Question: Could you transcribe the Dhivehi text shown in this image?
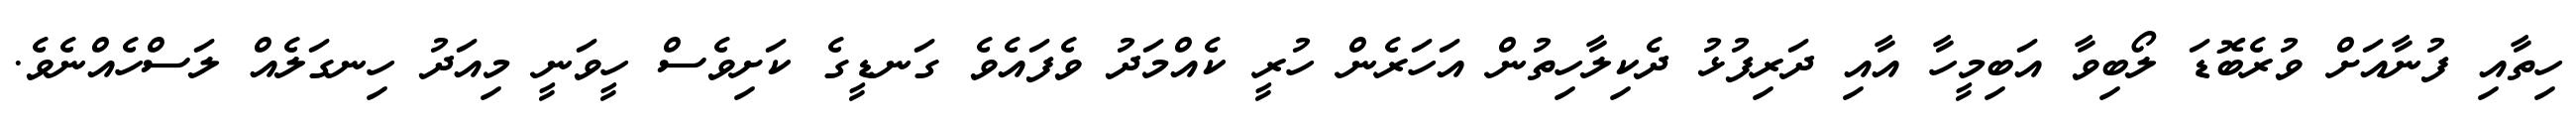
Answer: ހިތާއި ފުނާއަށް ވުރެބޮޑަ ލޯބިވާ އަބިމީހާ އާއި ދަރިފުޅު ދެކިލާހިތުން އަހަރެން ހުރީ ކެއްމަދު ވެފައެވެ ގަނޑީގެ ކަށިވެސް ހީވަނީ މިއަދު ހިނގަލެއް ލަސްހެއްނެވެ.